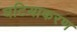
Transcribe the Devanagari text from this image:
घटियाकरण